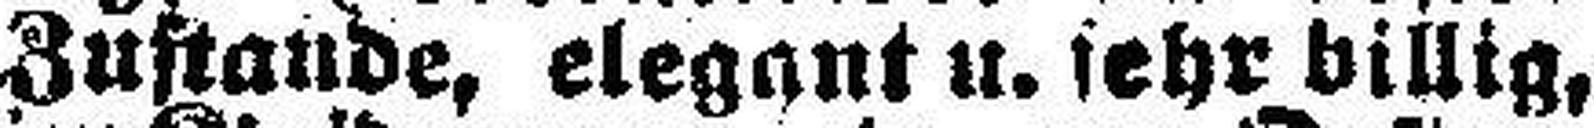
Zustande, elegant u. sehr billig,